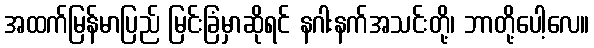
အထက်မြန်မာပြည် မြင်းခြံမှာဆိုရင် နဂါးနက်အသင်းတို့၊ ဘာတို့ပေါ့လေ။